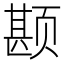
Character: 𲊾